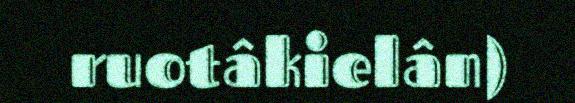
ruotâkielân)